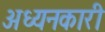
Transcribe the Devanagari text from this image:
अध्यनकारी